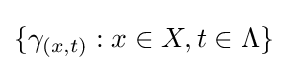
\{\gamma _{(x,t)}:x\in X,t\in \Lambda \}